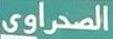
الصحراوي